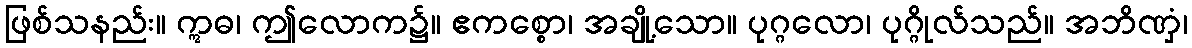
ဖြစ်သနည်း။ ဣဓ၊ ဤလောက၌။ ဧကစ္စော၊ အချို့သော။ ပုဂ္ဂလော၊ ပုဂ္ဂိုလ်သည်။ အဘိဏှံ၊